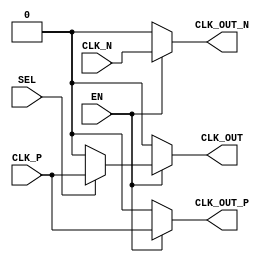
module differential_clock_buffer (
    input wire CLK_P,        // Positive differential clock input
    input wire CLK_N,        // Negative differential clock input
    input wire EN,          // Enable signal for the buffer operation
    input wire SEL,         // Select signal for single-ended output
    output reg CLK_OUT_P,    // Positive output clock signal
    output reg CLK_OUT_N,    // Negative output clock signal
    output reg CLK_OUT       // Optional single-ended output clock signal
);

    // Internal signals for buffering
    reg clk_p_buf;
    reg clk_n_buf;

    // Buffering logic
    always @(*) begin
        if (EN) begin
            // Buffer the differential clock signals
            clk_p_buf = CLK_P;
            clk_n_buf = CLK_N;
        end else begin
            // Disable the buffer
            clk_p_buf = 1'b0;
            clk_n_buf = 1'b0;
        end
    end

    // Assign buffered signals to outputs
    always @(*) begin
        if (EN) begin
            CLK_OUT_P = clk_p_buf;
            CLK_OUT_N = clk_n_buf;
            // Generate single-ended output if SEL is high
            if (SEL) begin
                CLK_OUT = clk_p_buf; // Use positive clock for single-ended output
            end else begin
                CLK_OUT = 1'b0; // Disable single-ended output when SEL is low
            end
        end else begin
            CLK_OUT_P = 1'b0;
            CLK_OUT_N = 1'b0;
            CLK_OUT = 1'b0; // Disable single-ended output when buffer is disabled
        end
    end

endmodule